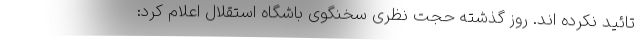
تائید نکرده اند. روز گذشته حجت نظری سخنگوی باشگاه استقلال اعلام کرد: